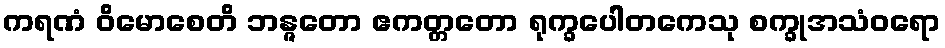
ကရဏံ ဝိမောစေတိ ဘန္ဇတော ဧကတ္တတော ရုက္ခပေါတကေသု စက္ခုအသံဝရော